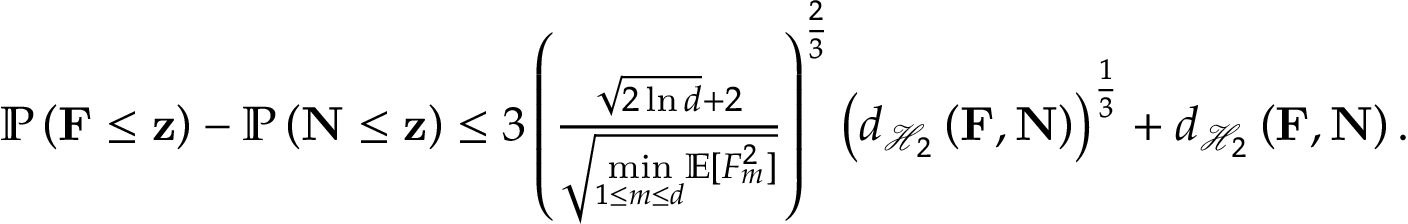
\begin{array} { r } { \mathbb { P } \left( \mathbf { F } \leq \mathbf { z } \right) - \mathbb { P } \left( \mathbf { N } \leq \mathbf { z } \right) \leq 3 \left( \frac { \sqrt { 2 \ln d } + 2 } { \sqrt { \underset { 1 \leq m \leq d } { \operatorname* { m i n } } \mathbb { E } [ F _ { m } ^ { 2 } ] } } \right) ^ { \frac { 2 } { 3 } } \left( d _ { \mathcal { H } _ { 2 } } \left( \mathbf { F } , \mathbf { N } \right) \right) ^ { \frac { 1 } { 3 } } + d _ { \mathcal { H } _ { 2 } } \left( \mathbf { F } , \mathbf { N } \right) . } \end{array}